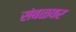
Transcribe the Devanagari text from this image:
संबळवर